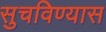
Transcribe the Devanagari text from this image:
सुचविण्यास